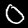
Digit: 0